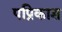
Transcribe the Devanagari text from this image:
पप्रिकाश